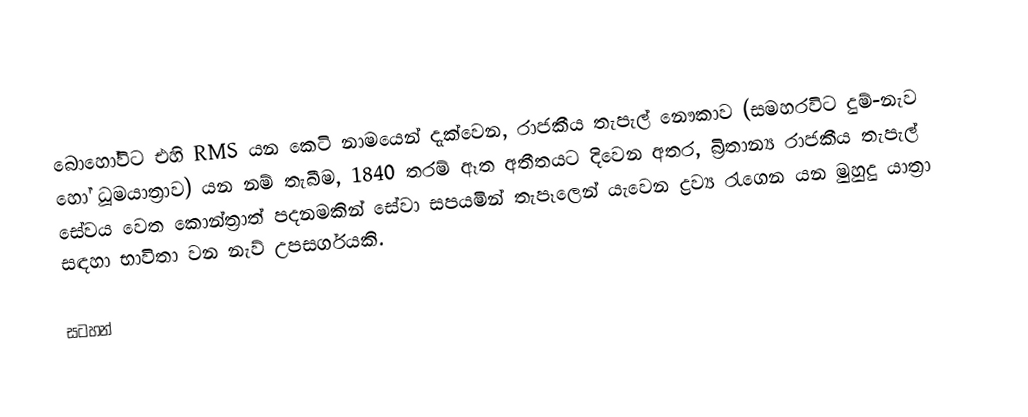
බොහෝවිට එහි RMS යන කෙටි නාමයෙන් දැක්වෙන,  රාජකීය තැපැල් නෞකාව (සමහරවිට දුම්-නැව හෝ ධූමයාත්‍රාව) යන නම් තැබීම, 1840 තරම් ඈත අතීතයට දිවෙන අතර, බ්‍රිතාන්‍ය රාජකීය තැපැල් සේවය වෙත කොන්ත්‍රාත් පදනමකින් සේවා සපයමින් තැපෑලෙන් යැවෙන ද්‍රව්‍ය රැගෙන යන මුහුදු යාත්‍රා සඳහා භාවිතා වන   නැව් උපසර්ගයකි.

සටහන්